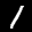
Label: 1